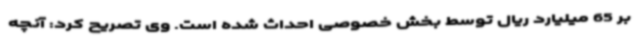
بر 65 میلیارد ریال توسط بخش خصوصی احداث شده است. وی تصریح کرد: آنچه